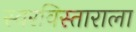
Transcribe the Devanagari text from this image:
स्वरविस्ताराला